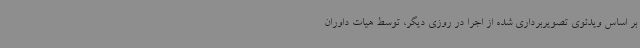
بر اساس ویدئوی تصویربرداری شده از اجرا در روزی دیگر، توسط هیات داوران